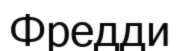
Фредди